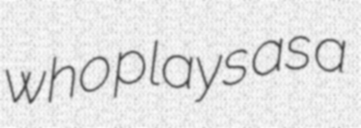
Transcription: who plays as a